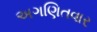
અગણિતવાર